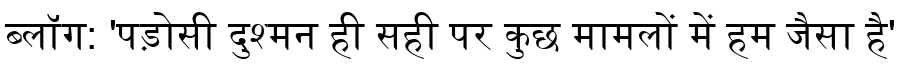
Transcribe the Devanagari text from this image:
ब्लॉग: 'पड़ोसी दुश्मन ही सही पर कुछ मामलों में हम जैसा है'